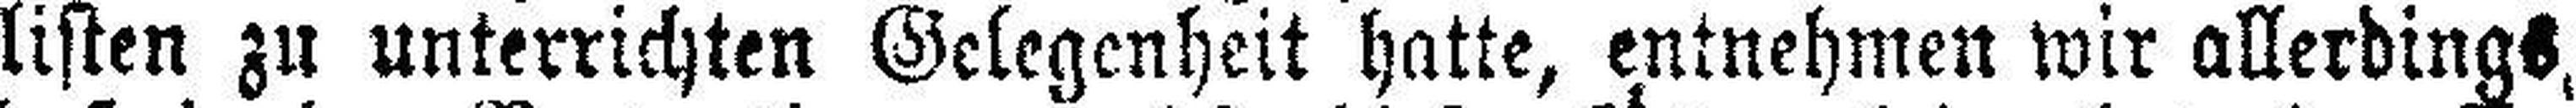
listen zu unterrichten Gelegenheit hatte, entnehmen wir allerdings,